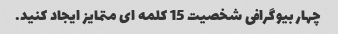
چهار بیوگرافی شخصیت 15 کلمه ای متمایز ایجاد کنید.